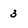
Character: 3